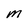
Character: M